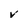
Character: V